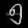
Digit: ၅